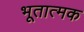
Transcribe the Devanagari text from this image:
भूतात्मक